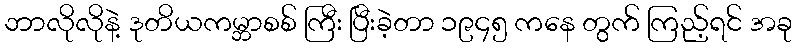
ဘာလိုလိုနဲ့ ဒုတိယကမ္ဘာစစ် ကြီး ပြီးခဲ့တာ ၁၉၄၅ ကနေ တွက် ကြည့်ရင် အခု